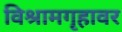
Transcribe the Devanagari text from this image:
विश्रामगृहावर